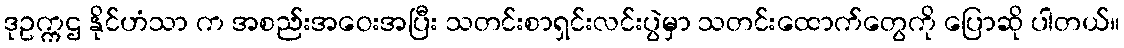
ဒုဥက္ကဌ နိုင်ဟံသာ က အစည်းအဝေးအပြီး သတင်းစာရှင်းလင်းပွဲမှာ သတင်းထောက်တွေကို ပြောဆို ပါတယ်။